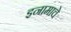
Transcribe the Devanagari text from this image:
इनामाचे